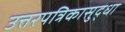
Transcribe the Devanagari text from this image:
उत्तरपत्रिकासुद्धा